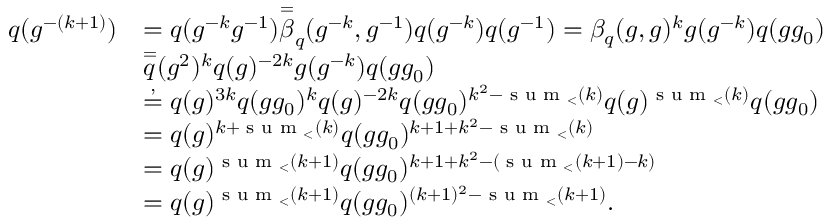
\begin{array} { r l } { q ( g ^ { - ( k + 1 ) } ) } & { = q ( g ^ { - k } g ^ { - 1 } ) \overset { = } \beta _ { q } ( g ^ { - k } , g ^ { - 1 } ) q ( g ^ { - k } ) q ( g ^ { - 1 } ) = \beta _ { q } ( g , g ) ^ { k } g ( g ^ { - k } ) q ( g g _ { 0 } ) } \\ & { \overset { = } q ( g ^ { 2 } ) ^ { k } q ( g ) ^ { - 2 k } g ( g ^ { - k } ) q ( g g _ { 0 } ) } \\ & { \overset { , } { = } q ( g ) ^ { 3 k } q ( g g _ { 0 } ) ^ { k } q ( g ) ^ { - 2 k } q ( g g _ { 0 } ) ^ { k ^ { 2 } - \textnormal { s u m } _ { < } ( k ) } q ( g ) ^ { \textnormal { s u m } _ { < } ( k ) } q ( g g _ { 0 } ) } \\ & { = q ( g ) ^ { k + \textnormal { s u m } _ { < } ( k ) } q ( g g _ { 0 } ) ^ { k + 1 + k ^ { 2 } - \textnormal { s u m } _ { < } ( k ) } } \\ & { = q ( g ) ^ { \textnormal { s u m } _ { < } ( k + 1 ) } q ( g g _ { 0 } ) ^ { k + 1 + k ^ { 2 } - ( \textnormal { s u m } _ { < } ( k + 1 ) - k ) } } \\ & { = q ( g ) ^ { \textnormal { s u m } _ { < } ( k + 1 ) } q ( g g _ { 0 } ) ^ { ( k + 1 ) ^ { 2 } - \textnormal { s u m } _ { < } ( k + 1 ) } . } \end{array}